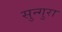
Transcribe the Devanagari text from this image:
सुन्गुरा